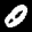
Label: 0